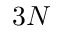
3 N